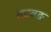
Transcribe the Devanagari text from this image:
बटबङ